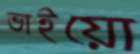
ভাইয়ো